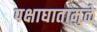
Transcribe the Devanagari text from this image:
पक्षाघातामुळे